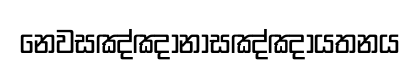
නෙවසඤ්ඤානාසඤ්ඤායතනය